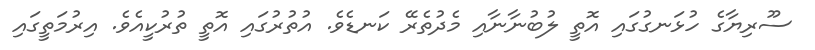
ސޫރިޔާގެ ހުޅަނގުގައި އޮތީ ލުބުނާނާއި މެދުތެރޭ ކަނޑެވެ. އުތުރުގައި އޮތީ ތުރުކީއެވެ. އިރުމަތީގައި